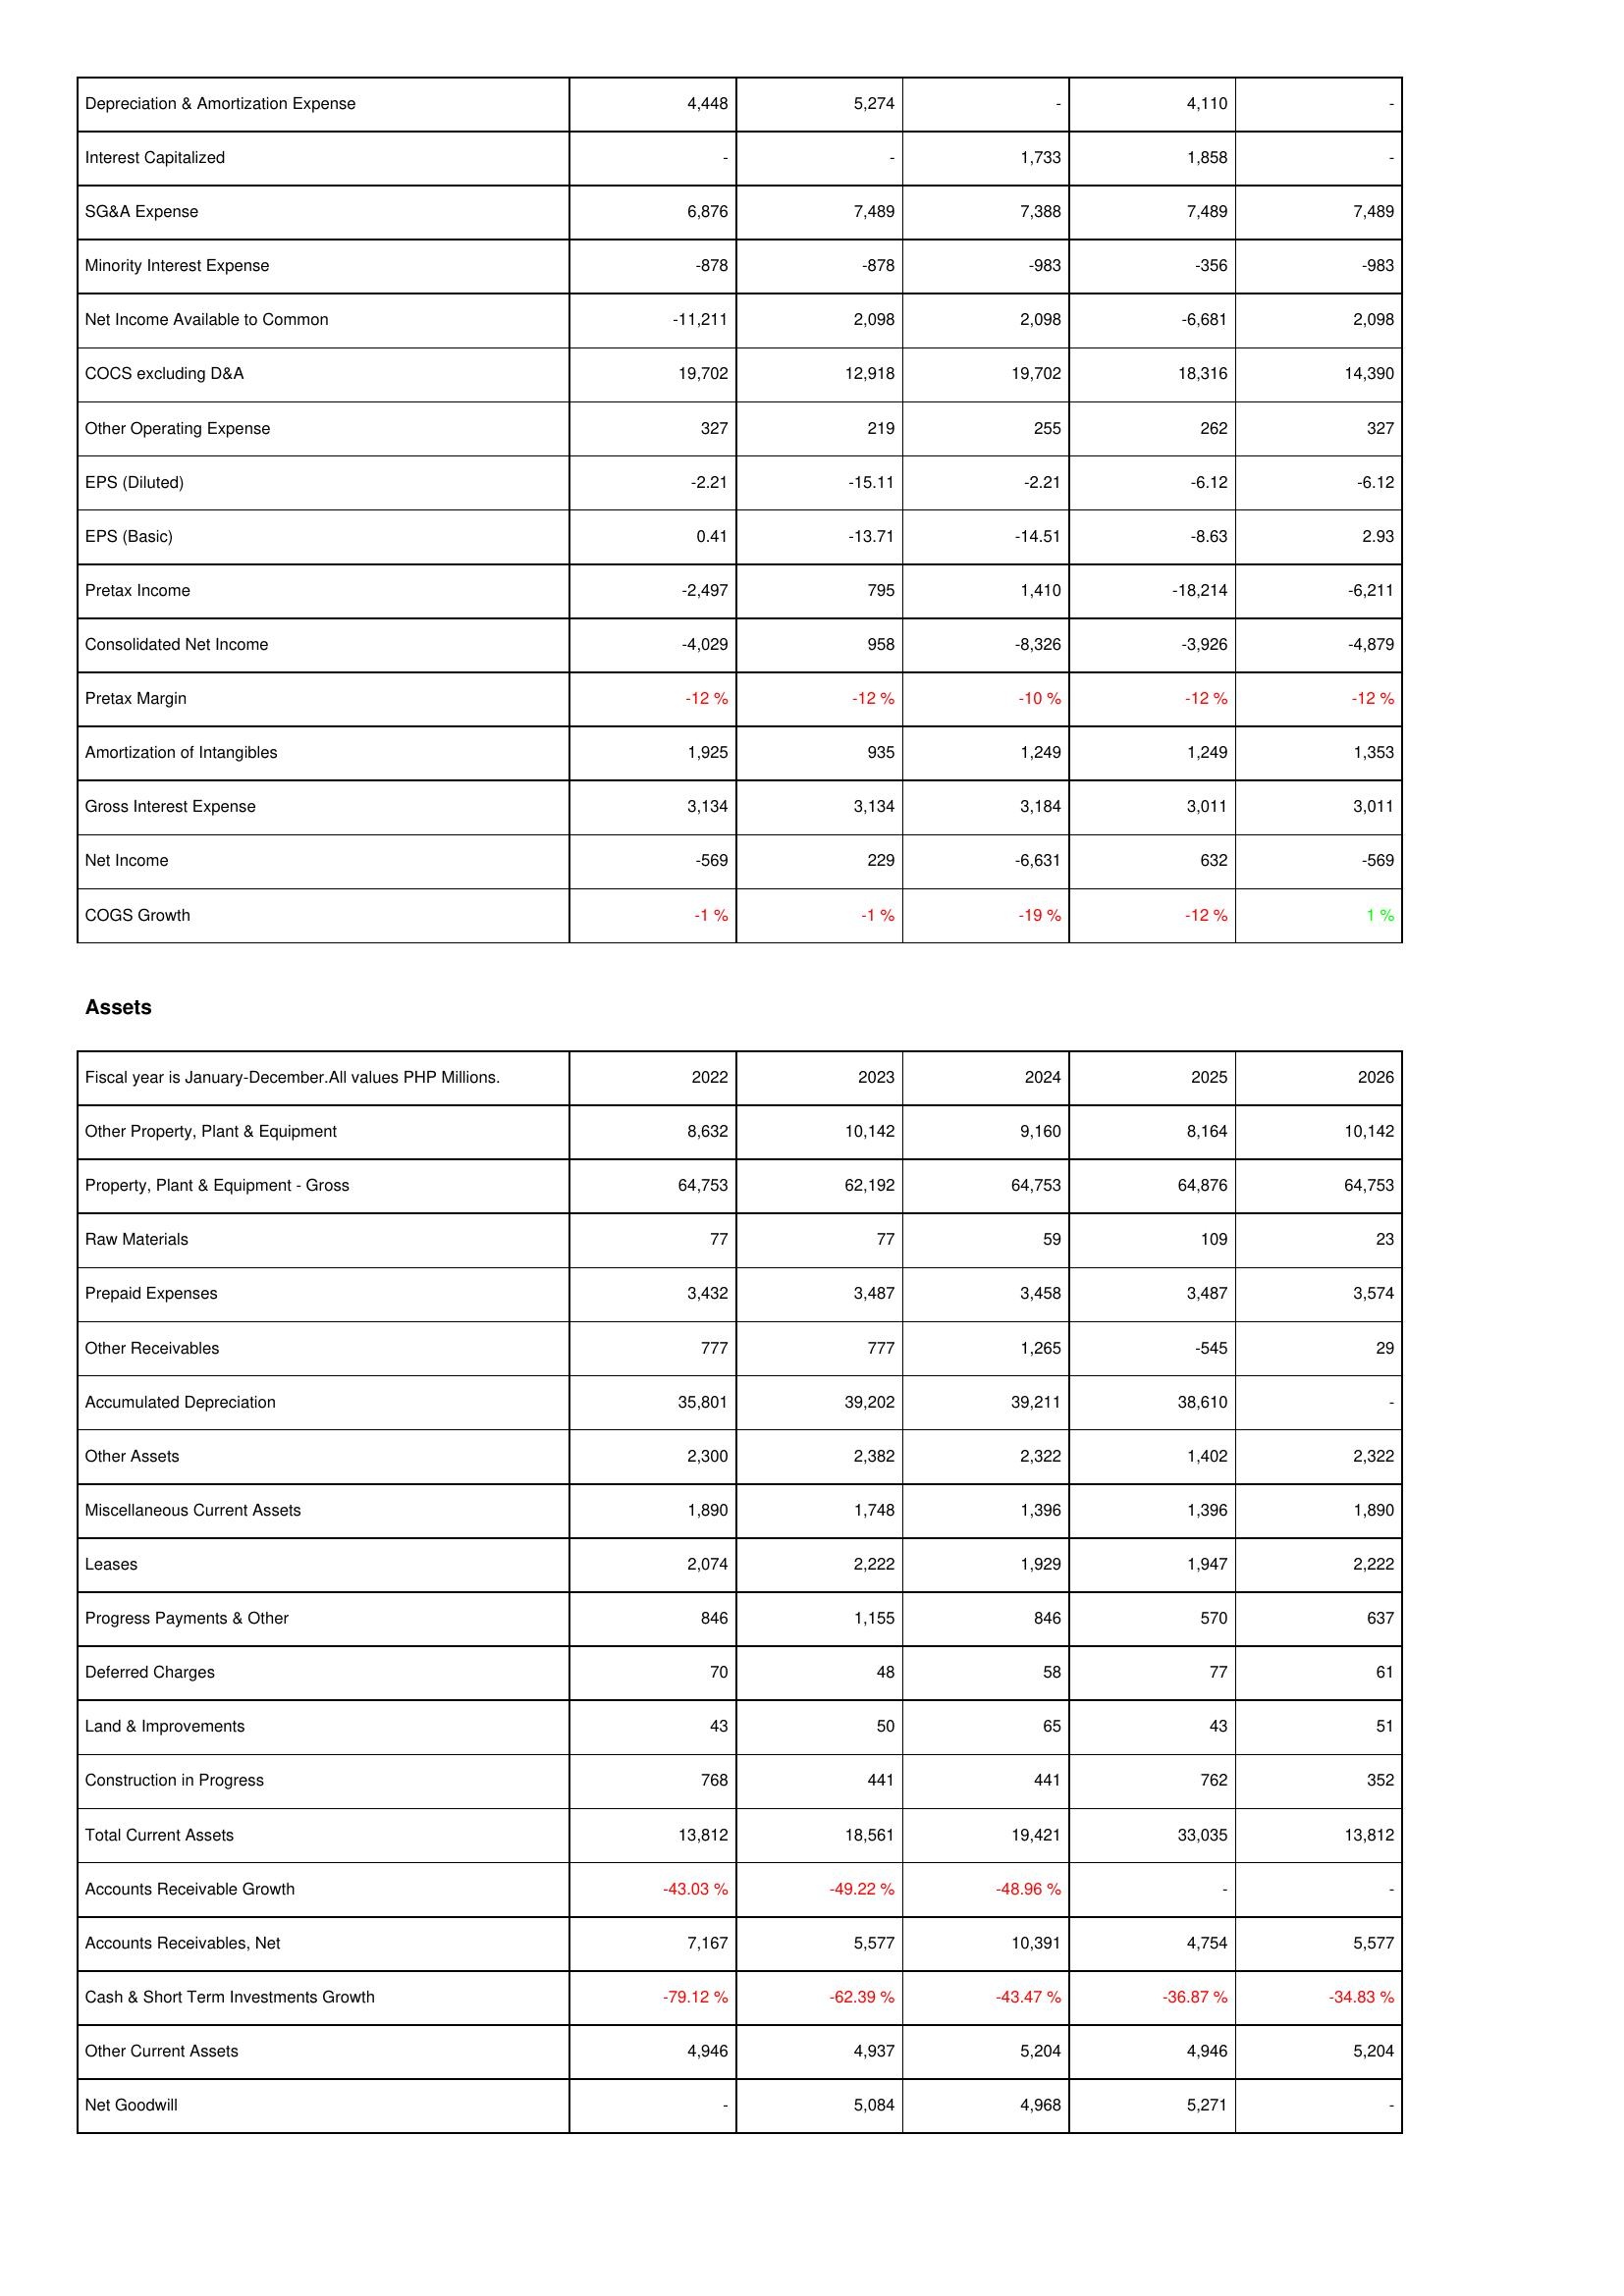
2022: Income Statement: Depreciation & Amortization Expense: 4,448
Interest Capitalized: -
SG&A Expense: 6,876
Minority Interest Expense: -878
Net Income Available to Common: -11,211
COCS excluding D&A: 19,702
Other Operating Expense: 327
EPS (Diluted): -2.21
EPS (Basic): 0.41
Pretax Income: -2,497
Consolidated Net Income: -4,029
Pretax Margin: -12 %
Amortization of Intangibles: 1,925
Gross Interest Expense: 3,134
Net Income: -569
COGS Growth: -1 %
Assets: Other Property, Plant & Equipment: 8,632
Property, Plant & Equipment - Gross: 64,753
Raw Materials: 77
Prepaid Expenses: 3,432
Other Receivables: 777
Accumulated Depreciation: 35,801
Other Assets: 2,300
Miscellaneous Current Assets: 1,890
Leases: 2,074
Progress Payments & Other: 846
Deferred Charges: 70
Land & Improvements: 43
Construction in Progress: 768
Total Current Assets: 13,812
Accounts Receivable Growth: -43.03 %
Accounts Receivables, Net: 7,167
Cash & Short Term Investments Growth: -79.12 %
Other Current Assets: 4,946
Net Goodwill: -
2023: Income Statement: Depreciation & Amortization Expense: 5,274
Interest Capitalized: -
SG&A Expense: 7,489
Minority Interest Expense: -878
Net Income Available to Common: 2,098
COCS excluding D&A: 12,918
Other Operating Expense: 219
EPS (Diluted): -15.11
EPS (Basic): -13.71
Pretax Income: 795
Consolidated Net Income: 958
Pretax Margin: -12 %
Amortization of Intangibles: 935
Gross Interest Expense: 3,134
Net Income: 229
COGS Growth: -1 %
Assets: Other Property, Plant & Equipment: 10,142
Property, Plant & Equipment - Gross: 62,192
Raw Materials: 77
Prepaid Expenses: 3,487
Other Receivables: 777
Accumulated Depreciation: 39,202
Other Assets: 2,382
Miscellaneous Current Assets: 1,748
Leases: 2,222
Progress Payments & Other: 1,155
Deferred Charges: 48
Land & Improvements: 50
Construction in Progress: 441
Total Current Assets: 18,561
Accounts Receivable Growth: -49.22 %
Accounts Receivables, Net: 5,577
Cash & Short Term Investments Growth: -62.39 %
Other Current Assets: 4,937
Net Goodwill: 5,084
2024: Income Statement: Depreciation & Amortization Expense: -
Interest Capitalized: 1,733
SG&A Expense: 7,388
Minority Interest Expense: -983
Net Income Available to Common: 2,098
COCS excluding D&A: 19,702
Other Operating Expense: 255
EPS (Diluted): -2.21
EPS (Basic): -14.51
Pretax Income: 1,410
Consolidated Net Income: -8,326
Pretax Margin: -10 %
Amortization of Intangibles: 1,249
Gross Interest Expense: 3,184
Net Income: -6,631
COGS Growth: -19 %
Assets: Other Property, Plant & Equipment: 9,160
Property, Plant & Equipment - Gross: 64,753
Raw Materials: 59
Prepaid Expenses: 3,458
Other Receivables: 1,265
Accumulated Depreciation: 39,211
Other Assets: 2,322
Miscellaneous Current Assets: 1,396
Leases: 1,929
Progress Payments & Other: 846
Deferred Charges: 58
Land & Improvements: 65
Construction in Progress: 441
Total Current Assets: 19,421
Accounts Receivable Growth: -48.96 %
Accounts Receivables, Net: 10,391
Cash & Short Term Investments Growth: -43.47 %
Other Current Assets: 5,204
Net Goodwill: 4,968
2025: Income Statement: Depreciation & Amortization Expense: 4,110
Interest Capitalized: 1,858
SG&A Expense: 7,489
Minority Interest Expense: -356
Net Income Available to Common: -6,681
COCS excluding D&A: 18,316
Other Operating Expense: 262
EPS (Diluted): -6.12
EPS (Basic): -8.63
Pretax Income: -18,214
Consolidated Net Income: -3,926
Pretax Margin: -12 %
Amortization of Intangibles: 1,249
Gross Interest Expense: 3,011
Net Income: 632
COGS Growth: -12 %
Assets: Other Property, Plant & Equipment: 8,164
Property, Plant & Equipment - Gross: 64,876
Raw Materials: 109
Prepaid Expenses: 3,487
Other Receivables: -545
Accumulated Depreciation: 38,610
Other Assets: 1,402
Miscellaneous Current Assets: 1,396
Leases: 1,947
Progress Payments & Other: 570
Deferred Charges: 77
Land & Improvements: 43
Construction in Progress: 762
Total Current Assets: 33,035
Accounts Receivable Growth: -
Accounts Receivables, Net: 4,754
Cash & Short Term Investments Growth: -36.87 %
Other Current Assets: 4,946
Net Goodwill: 5,271
2026: Income Statement: Depreciation & Amortization Expense: -
Interest Capitalized: -
SG&A Expense: 7,489
Minority Interest Expense: -983
Net Income Available to Common: 2,098
COCS excluding D&A: 14,390
Other Operating Expense: 327
EPS (Diluted): -6.12
EPS (Basic): 2.93
Pretax Income: -6,211
Consolidated Net Income: -4,879
Pretax Margin: -12 %
Amortization of Intangibles: 1,353
Gross Interest Expense: 3,011
Net Income: -569
COGS Growth: 1 %
Assets: Other Property, Plant & Equipment: 10,142
Property, Plant & Equipment - Gross: 64,753
Raw Materials: 23
Prepaid Expenses: 3,574
Other Receivables: 29
Accumulated Depreciation: -
Other Assets: 2,322
Miscellaneous Current Assets: 1,890
Leases: 2,222
Progress Payments & Other: 637
Deferred Charges: 61
Land & Improvements: 51
Construction in Progress: 352
Total Current Assets: 13,812
Accounts Receivable Growth: -
Accounts Receivables, Net: 5,577
Cash & Short Term Investments Growth: -34.83 %
Other Current Assets: 5,204
Net Goodwill: -